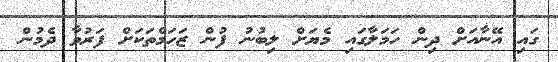
ގައި އޭނާއަށް ދިން ހަމަލާގައި މެޔަށް ލިބުނު ފުން ޒަހަމްތަކަށް ފަރުވާ ދެމުން